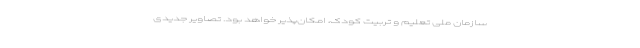
سازمان ملی تعلیم و تربیت کودک، امکان‌پذیر خواهد بود. تصاویر جدیدی